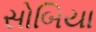
સોબિયા